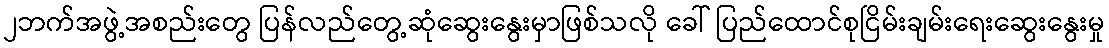
၂ဘက်အဖွဲ့အစည်းတွေ ပြန်လည်တွေ့ဆုံဆွေးနွေးမှာဖြစ်သလို ခေါ် ပြည်ထောင်စုငြိမ်းချမ်းရေးဆွေးနွေးမှု